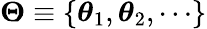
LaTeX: \boldsymbol\Theta\equiv\{ \boldsymbol\theta_{1},\boldsymbol\theta_{2},\cdots\}